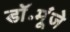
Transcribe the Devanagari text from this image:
डॉ॰मूंजे